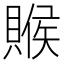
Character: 䞀